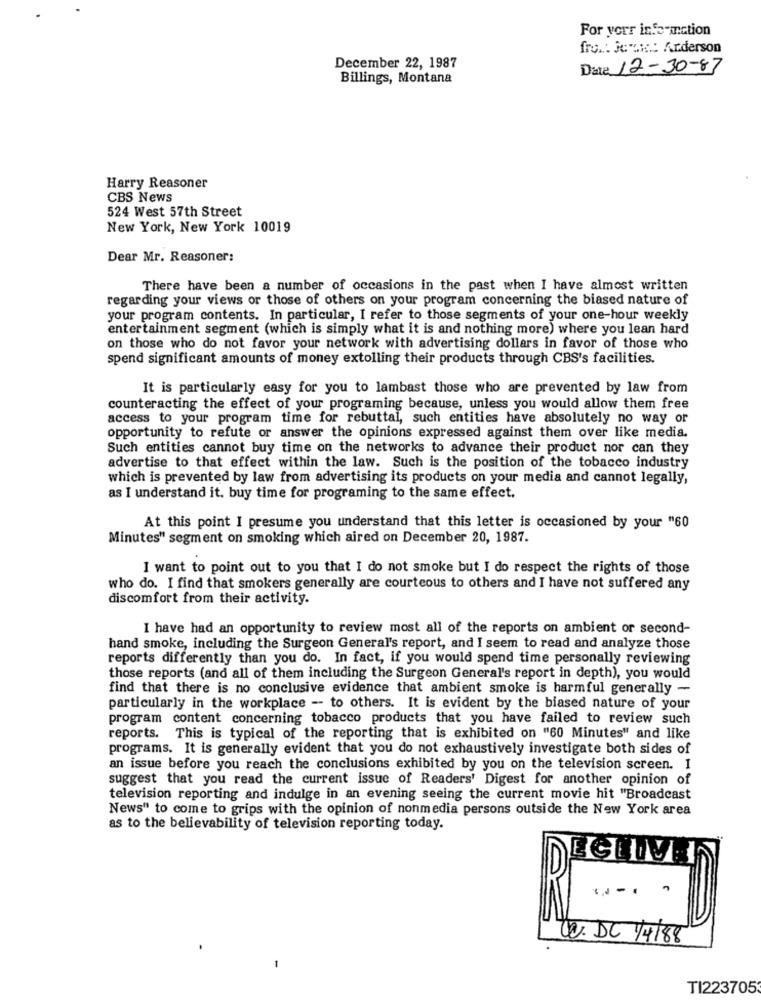
For vorr info-inction
fro .: jc .i .: Anderson
December 22, 1987
Data 12-30-87
Billings, Montana
Harry Reasoner
CBS News
524 West 57th Street
New York, New York 10019
Dear Mr. Reasoner:
There have been a number of occasions in the past when I have almost written
regarding your views or those of others on your program concerning the biased nature of
your program contents. In particular, I refer to those segments of your one-hour weekly
entertainment segment (which is simply what it is and nothing more) where you lean hard
on those who do not favor your network with advertising dollars in favor of those who
spend significant amounts of money extolling their products through CBS's facilities.
It is particularly easy for you to lambast those who are prevented by law from
counteracting the effect of your programing because, unless you would allow them free
access to your program time for rebuttal, such entities have absolutely no way or
opportunity to refute or answer the opinions expressed against them over like media.
Such entities cannot buy time on the networks to advance their product nor can they
advertise to that effect within the law. Such is the position of the tobacco industry
which is prevented by law from advertising its products on your media and cannot legally,
as I understand it. buy time for programing to the same effect.
At this point I presume you understand that this letter is occasioned by your "60
Minutes" segment on smoking which aired on December 20, 1987.
I want to point out to you that I do not smoke but I do respect the rights of those
who do. I find that smokers generally are courteous to others and I have not suffered any
discomfort from their activity.
I have had an opportunity to review most all of the reports on ambient or second-
hand smoke, including the Surgeon General's report, and I seem to read and analyze those
reports differently than you do. In fact, if you would spend time personally reviewing
those reports (and all of them including the Surgeon General's report in depth), you would
find that there is no conclusive evidence that ambient smoke is harmful generally -
particularly in the workplace -- to others. It is evident by the biased nature of your
program content concerning tobacco products that you have failed to review such
reports. This is typical of the reporting that is exhibited on "60 Minutes" and like
programs. It is generally evident that you do not exhaustively investigate both sides of
an issue before you reach the conclusions exhibited by you on the television screen. I
suggest that you read the current issue of Readers' Digest for another opinion of
television reporting and indulge in an evening seeing the current movie hit "Broadcast
News" to come to grips with the opinion of nonmedia persons outside the New York area
as to the believability of television reporting today.
ECEIVE
.....
W. DC /4/88
-
TI223705